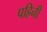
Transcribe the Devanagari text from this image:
पहिनी